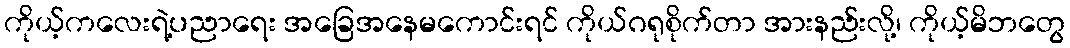
ကိုယ့်ကလေးရဲ့ပညာရေး အခြေအနေမကောင်းရင် ကိုယ်ဂရုစိုက်တာ အားနည်းလို့၊ ကိုယ့်မိဘတွေ